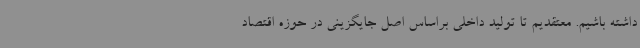
داشته باشیم. معتقدیم تا تولید داخلی براساس اصل جایگزینی در حوزه اقتصاد